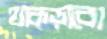
থাক্‌ড়াবো